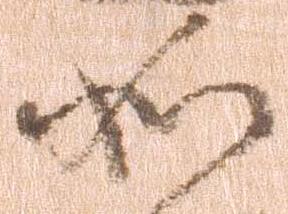
如